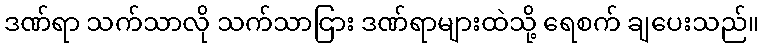
ဒဏ်ရာ သက်သာလို သက်သာငြား ဒဏ်ရာများထဲသို့ ရေစက် ချပေးသည်။